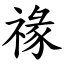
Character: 禒